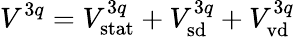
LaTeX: V^{3q}=V_{\mathrm{stat}}^{3q}+V_{\mathrm{sd}}^{3q}+V_{\mathrm{vd}}^{3q}